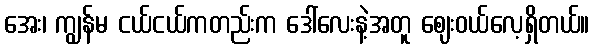
အေး၊ ကျွန်မ ငယ်ငယ်ကတည်းက ဒေါ်လေးနဲ့အတူ ဈေးဝယ်လေ့ရှိတယ်။